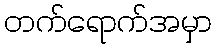
တက်ရောက်အမှာ